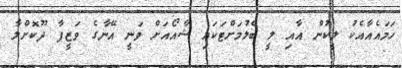
ހަމައެއާއެކު ލީކުން އާއި ލީ ބެލުމަށްޓަކައި ޝާއޯއަށް ވަނީ އޭނާގެ ވަޒީފާ ދޫކޮށްލާ